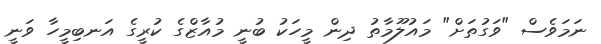
ނަމަވެސް "ވަގުތަށް" މައުލޫމާތު ދިން މީހަކު ބުނީ މުއާޒްގެ ކުރީގެ އަނބިމީހާ ވަނީ